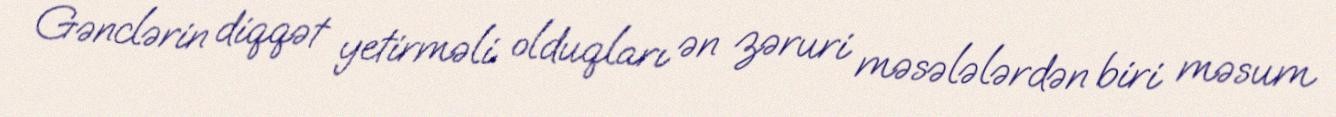
Gənclərin diqqət yetirməli olduqları ən zəruri məsələlərdən biri məsum